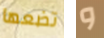
تضعها و